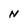
Character: N